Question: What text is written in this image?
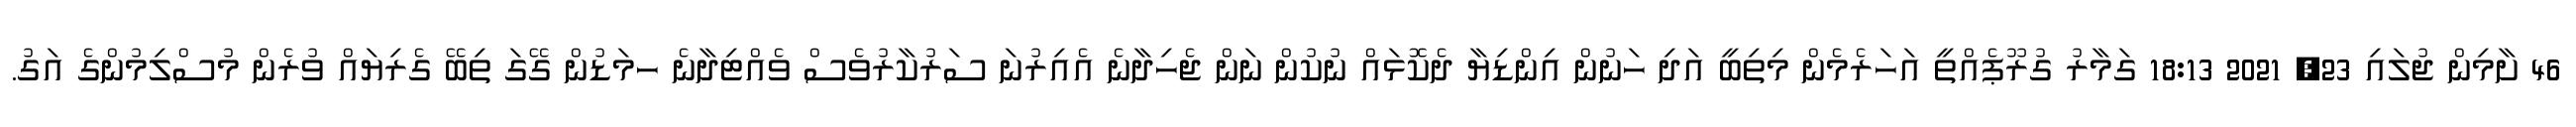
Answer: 46 ށާމިން ޖުލައި 23, 2021 18:13 ގަމާރު ގުރޫޕެއްތީ އަހަރެމެން މިތިބީ އަދި ހަނުން އިންޑިޔާ ދެކޮޅައް ނުކުން ނަން ޖެހިދާނެ އެއިރުނަ ސަރުކާރުވެސް ވެއްޓިދާނެ ހމަޑުން ގޭގަ ތިބޭ ގެރިޔައް ވުރެން މުސްލިމުންގެ އަގު.